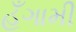
હઁગામી